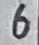
Text: 6